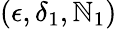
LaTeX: (\epsilon,\delta_{1},\mathbb{N}_{1})